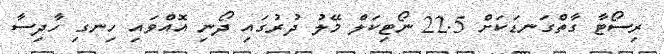
ރިސޯޓާ ގާތްގަނޑަކަށް 22.5 ނޯޓިކަލް މޭލު ދުރުގައި ދޯނި އޮއްވައި ހިނގި ހާދިސާ